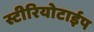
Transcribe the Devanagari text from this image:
स्टीरियोटाईप